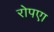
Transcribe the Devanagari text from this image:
रोपएा